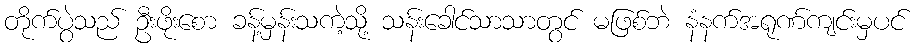
တိုက်ပွဲသည် ဦးဖိုးစော ခန့်မှန်းသကဲ့သို့ သန်းခေါင်သာသာတွင် မဖြစ်ဘဲ နံနက်အရုဏ်ကျင်းမှပင်